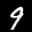
Label: 9